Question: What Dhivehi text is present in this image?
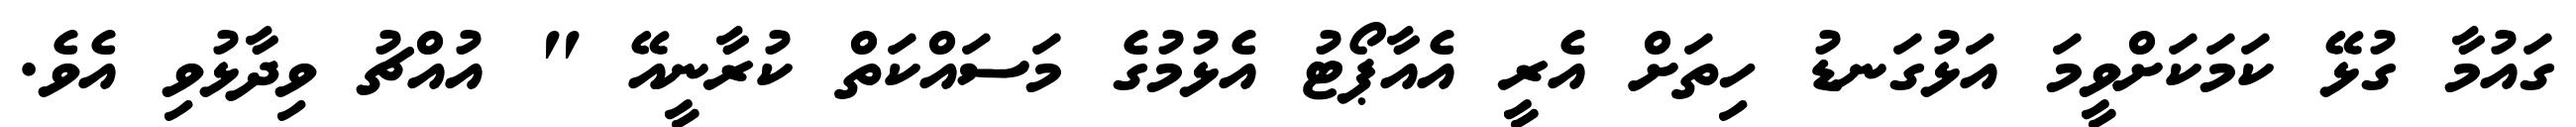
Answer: ގައުމާ ގުޅޭ ކަމަކަށްވީމަ އަޅުގަނޑު ހިތަށް އެރީ އެއާޕޯޓު އެޅުމުގެ މަސައްކަތް ކުރާނީއޭ " އުއްޗު ވިދާޅުވި އެވެ.